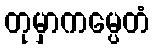
တုမှာကမ္ပေတံ